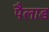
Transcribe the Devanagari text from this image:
पैलाड